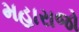
મહારાજો